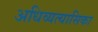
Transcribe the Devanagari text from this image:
अधिव्यत्यासिका